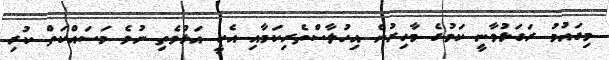
މިގައުމު ރަގަޅުވާނީ ކަމުގެ މާހިރުން އިހުލާސްތެރިކަމާއި އެކީ އަޅުވެތި ނުވެ މަސައްކަތް ކުރި